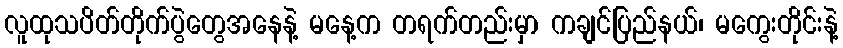
လူထုသပိတ်တိုက်ပွဲတွေအနေနဲ့ မနေ့က တရက်တည်းမှာ ကချင်ပြည်နယ်၊ မကွေးတိုင်းနဲ့